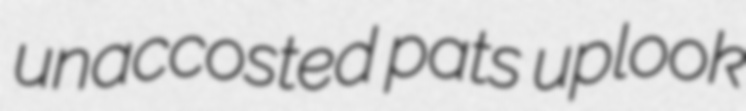
unaccosted pats uplook